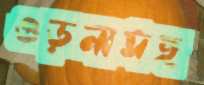
ওড়নাসহ